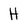
Character: H